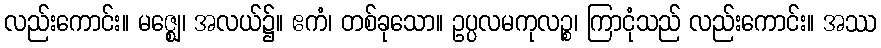
လည်းကောင်း။ မဇ္ဈေ၊ အလယ်၌။ ဧကံ၊ တစ်ခုသော။ ဥပ္ပလမကုလဉ္စ၊ ကြာငုံသည် လည်းကောင်း။ အဿ